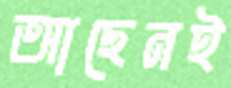
আছেনই